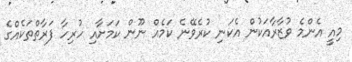
މިއީ އެންމެ ވުޒާރާއަކުން އެކަނި ކުރެވޭނެ ކަމެއް ނޫން ކަމަށާއި ހުރިހާ ފަރާތްތަކެއްގެ